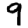
Digit: 9